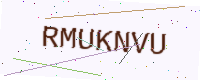
Text: RMUKNVU